Bombay plague: being a history of the progress of plague in the Bombay presidency from September 1896 to June 1899
Year: 1896
Disease focus: Plague
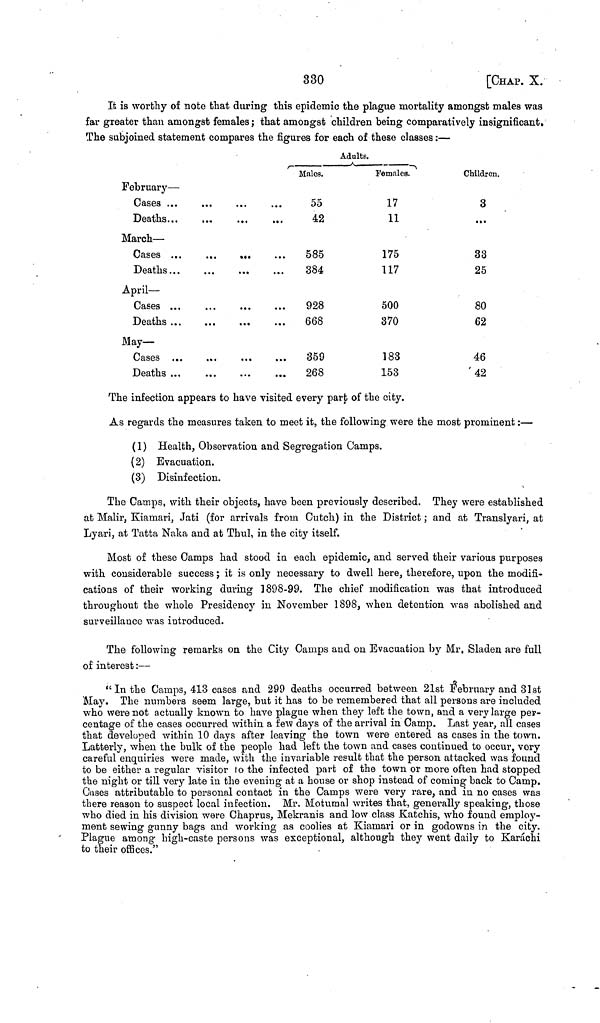
330
[CHAP. X.
It is worthy of note that during this epidemic the plague mortality amongst males was
far greater than amongst females ; that amongst children being comparatively insignificant.
The subjoined statement compares the figures for each of these classes :—
February—
Cases ...
Deaths...
March—
Cases
Deaths...
April—
Deaths
May-
Cases ...
Deaths ...
Adults.
Males.
55
42
585
384
928
668
359
268
Females.
17
11
175
117
500
370
183
153
Children.
3
...
33
25
80
62
46
42
The infection appears to have visited every part of the city.
As regards the measures taken to meet it, the following were the most prominent :—
(1) Health, Observation and Segregation Camps.
(2) Evacuation.
(3) Disinfection.
The Gamps, with their objects, have been previously described. They were established
at Malir, Kiamari, Jati (for arrivals from Cutch) in the District ; and at Translyari, at
Lyari, at Tatta Naka and at Thul, in the city itself.
Most of these Camps had stood in each epidemic, and served their various purposes
with considerable success ; it is only necessary to dwell here, therefore, upon the modifi-
cations of their working during 1898-99. The chief modification was that introduced
throughout the whole Presidency in November 1898, when detention was abolished and
surveillance was introduced.
The following remarks on the City Camps and on Evacuation by Mr. Sladen are full
of interest :—
"In the Camps, 413 cases and 299 deaths occurred between 21st February and 31st
May. The numbers seem large, but it has to be remembered that all persons are included
who were not actually known to have plague when they left the town, and a very large per-
centage of the cases occurred within a few days of the arrival in Camp. Last year, all cases
that developed within 10 days after leaving the town were entered as cases in the town.
Latterly, when the bulk of the people had left the town and cases continued to occur, very
careful enquiries were made, with the invariable result that the person attacked was found
to be either a regular visitor to the infected part of the town or more often had stopped
the night or till very late in the evening at a house or shop instead of coming back to Camp.
Cases attributable to personal contact in the Camps were very rare, and in no cases was
there reason to suspect local infection. Mr. Motumal writes that, generally speaking, those
who died in his division were Chaprus, Mekranis and low class Katchis, who found employ-
ment sewing gunny bags and working as coolies at Kiamari or in godowns in the city.
Plague among high-caste persons was exceptional, although they went daily to Karachi
to their offices."